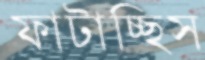
ফাটাচ্ছিস